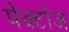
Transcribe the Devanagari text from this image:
पेक्टोज